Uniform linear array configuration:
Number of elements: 8
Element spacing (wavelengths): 1
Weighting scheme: hamming
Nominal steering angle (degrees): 15
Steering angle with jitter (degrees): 15.154
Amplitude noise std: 0.05
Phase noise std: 0.05

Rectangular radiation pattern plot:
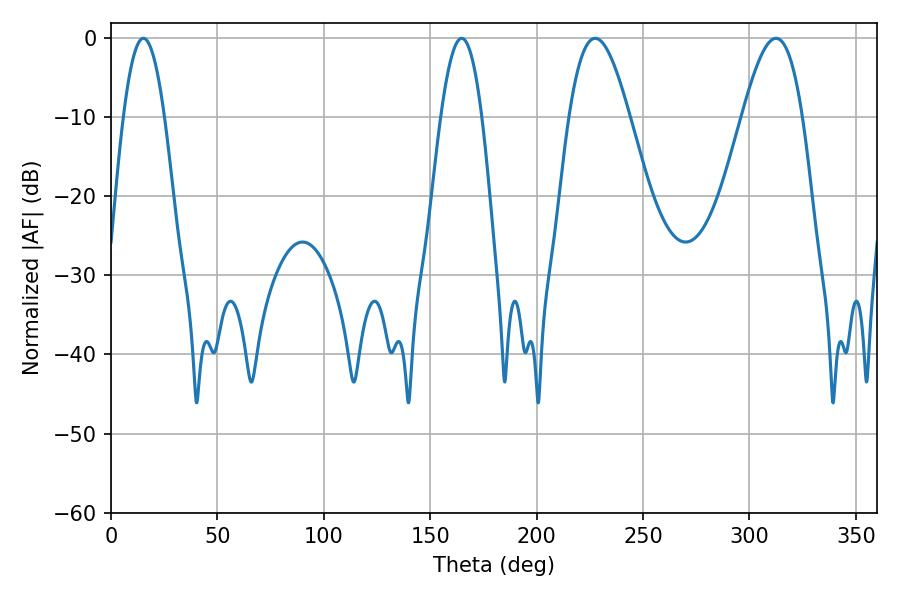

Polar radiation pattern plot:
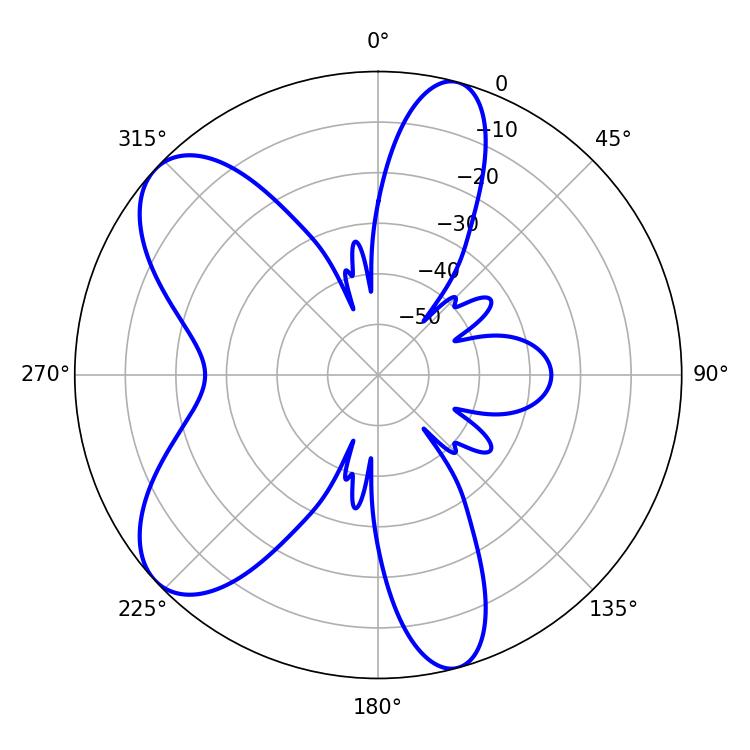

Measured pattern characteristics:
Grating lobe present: TRUE
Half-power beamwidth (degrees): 15.3
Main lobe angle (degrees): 227.52